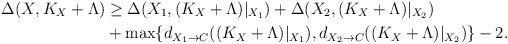
LaTeX: \begin{align*}\Delta(X,K_X+\Lambda) & \ge \Delta(X_1,(K_X+\Lambda)|_{X_1})+\Delta(X_2,(K_X+\Lambda)|_{X_2})\\&+\max\{d_{X_1\to C}((K_X+\Lambda)|_{X_1}),d_{X_2\to C}((K_X+\Lambda)|_{X_2})\}-2.\end{align*}